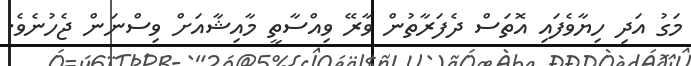
މަގު އަދި ހިޔާވެފައި އޮތަސް ދެފަރާތުން ވާރޭ ވިއްސާތީ މާއިޝާއަށް ވިސްނަން ޖެހުނެވެ.